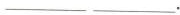
___ ___.